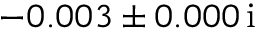
- 0 . 0 0 3 \pm 0 . 0 0 0 \, \mathrm { i }